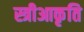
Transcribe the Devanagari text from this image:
स्त्रीआकृति